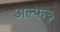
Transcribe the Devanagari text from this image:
अल्फ३